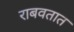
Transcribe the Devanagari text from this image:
राबवतात